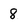
Character: 8